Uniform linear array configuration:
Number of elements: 4
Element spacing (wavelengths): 0.25
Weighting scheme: uniform
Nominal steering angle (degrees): -60
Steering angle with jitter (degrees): -61.128
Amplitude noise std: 0.05
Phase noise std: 0.05

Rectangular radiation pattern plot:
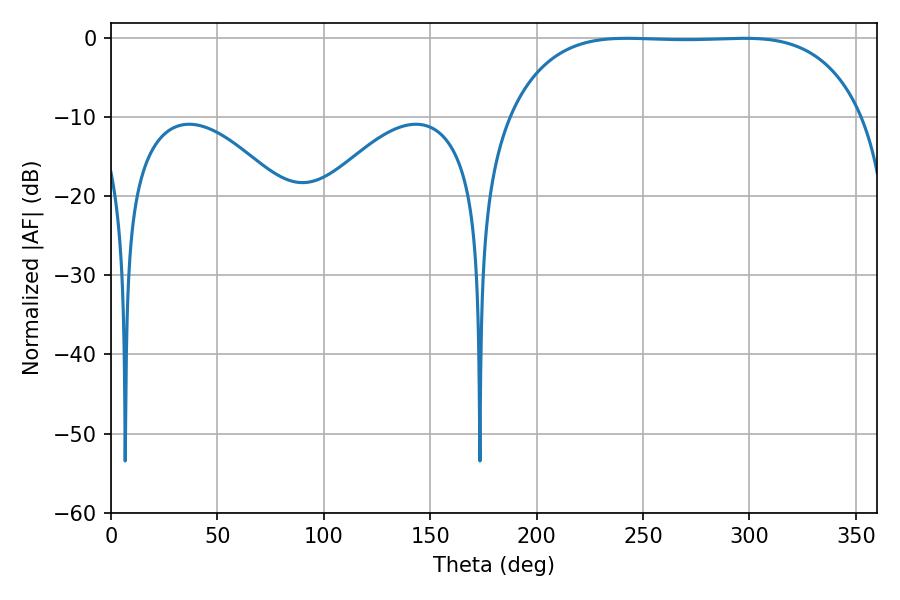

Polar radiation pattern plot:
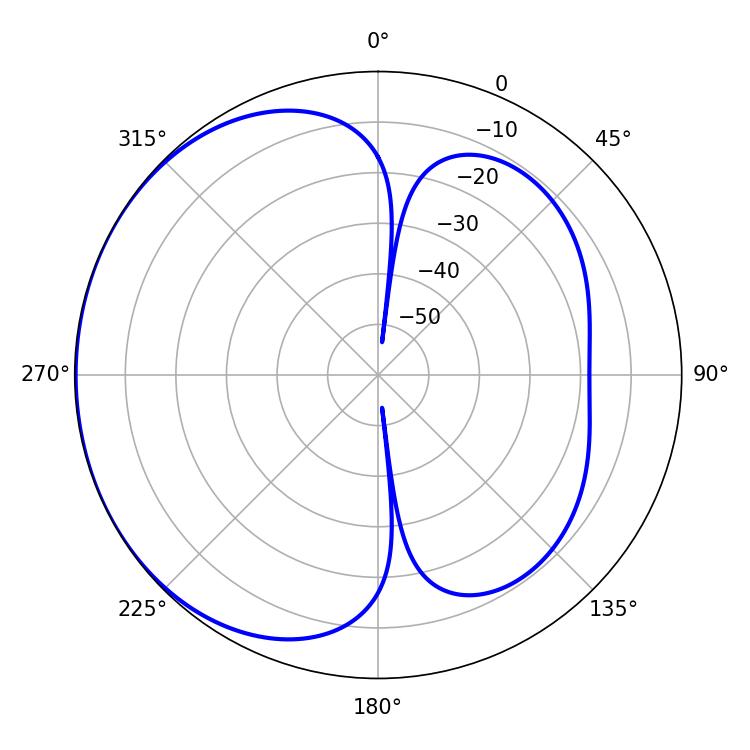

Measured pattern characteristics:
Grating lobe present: FALSE
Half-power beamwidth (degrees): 129.24
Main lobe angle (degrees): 242.46